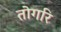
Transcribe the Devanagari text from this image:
तोगरि